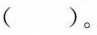
()。